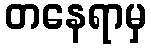
တနေရာမှ